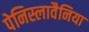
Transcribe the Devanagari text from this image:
पेनिस्लावैनिया